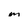
Character: m